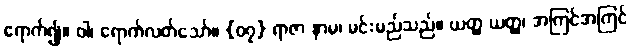
ရောက်၍။ ဝါ၊ ရောက်လတ်သော်။ {၀၇} ရာဇာ နာမ၊ မင်းမည်သည်။ ယတ္ထ ယတ္ထ၊ အကြင်အကြင်